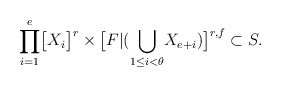
\begin{align*}\displaystyle{\prod_{i=1}^{e}}\big{[}X_{i}\big{]}^{r}\times\big{[}F|(\displaystyle{\bigcup_{1\leq i<\theta}}X_{e+i})\big{]}^{r,f}\subset S.\end{align*}